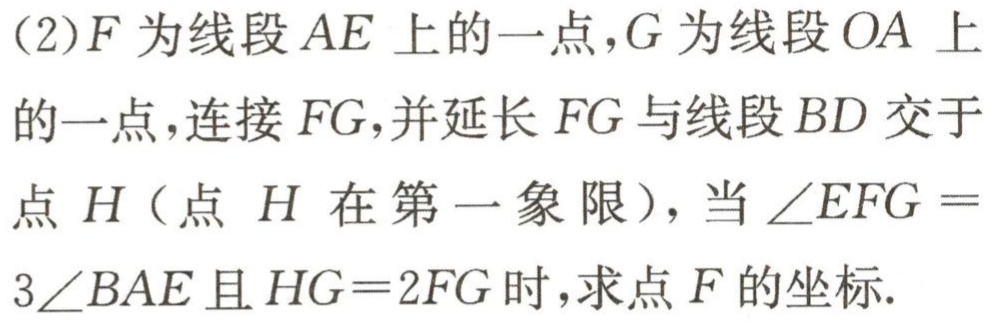
(2)$F$为线段$AE$上的一点,$G$为线段$OA$上的一点,连接$FG$,并延长$FG$与线段$BD$交于点$H$(点$H$在第一象限),当$\angle EFG =3\angle BAE$且$HG = 2FG$时,求点$F$的坐标.